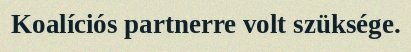
Koalíciós partnerre volt szüksége.